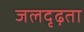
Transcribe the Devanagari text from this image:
जलदृढ़ता